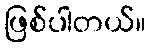
ဖြစ်ပါတယ်။